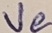
Text: Ve